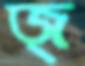
জ্